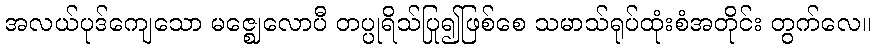
အလယ်ပုဒ်ကျေသော မဇ္ဈေလောပီ တပ္ပုရိသ်ပြု၍ဖြစ်စေ သမာသ်ရုပ်ထုံးစံအတိုင်း တွက်လေ။